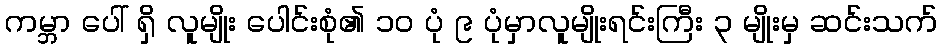
ကမ္ဘာ ပေါ် ရှိ လူမျိုး ပေါင်းစုံ၏ ၁၀ ပုံ ၉ ပုံမှာလူမျိုးရင်းကြီး ၃ မျိုးမှ ဆင်းသက်